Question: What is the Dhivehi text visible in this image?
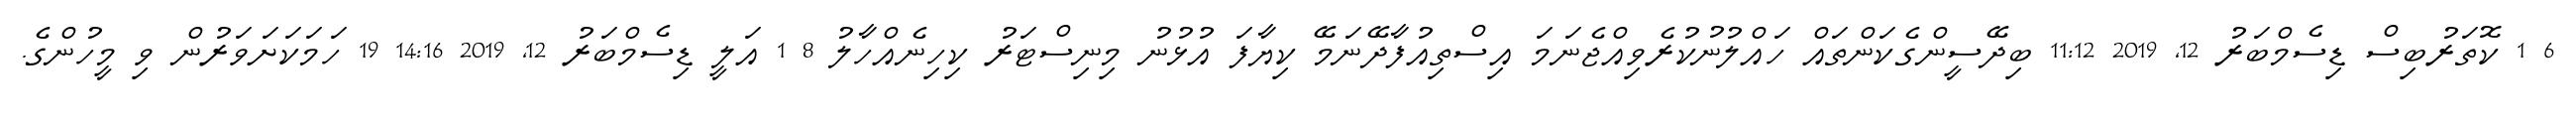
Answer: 6 1 ކޮތަރުބިސް ޑިސެމްބަރު 12, 2019 11:12 ބިދޭސީންގެކަންތައް ހައްލުނުކުރެވިއްޖެނަމަ އިސްތިއުފާދޭނަމޭ ކިޔާފަ އުޅުނު މިނިސްޓަރު ކިހިނެއްހާލު 8 1 އަލީ ޑިސެމްބަރު 12, 2019 14:16 19 ހަމަކަށަވަރުން ވި މީހުންގެ.